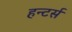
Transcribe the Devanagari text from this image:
हन्टर्स